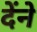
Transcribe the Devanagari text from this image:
देंने